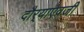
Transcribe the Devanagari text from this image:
दौर्‍याऐवजी